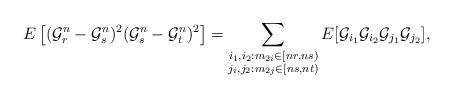
LaTeX: \begin{align*} E \left[ ( \mathcal{G}_r^n - \mathcal{G}_s^n )^2 ( \mathcal{G}_s^n - \mathcal{G}_t^n)^2 \right] = \sum_{\substack{i_1, i_2: m_{2i} \in [nr, ns) \\ j_i, j_2: m_{2j} \in [ns, nt)}} E [ \mathcal{G}_{i_1} \mathcal{G}_{i_2} \mathcal{G}_{j_1} \mathcal{G}_{j_2} ],\end{align*}